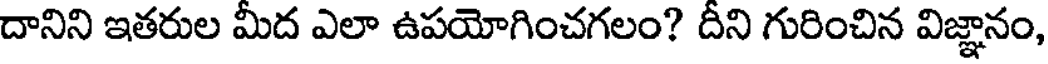
దానిని ఇతరుల మీద ఎలా ఉపయోగించగలం? దీని గురించిన విజ్ఞానం,